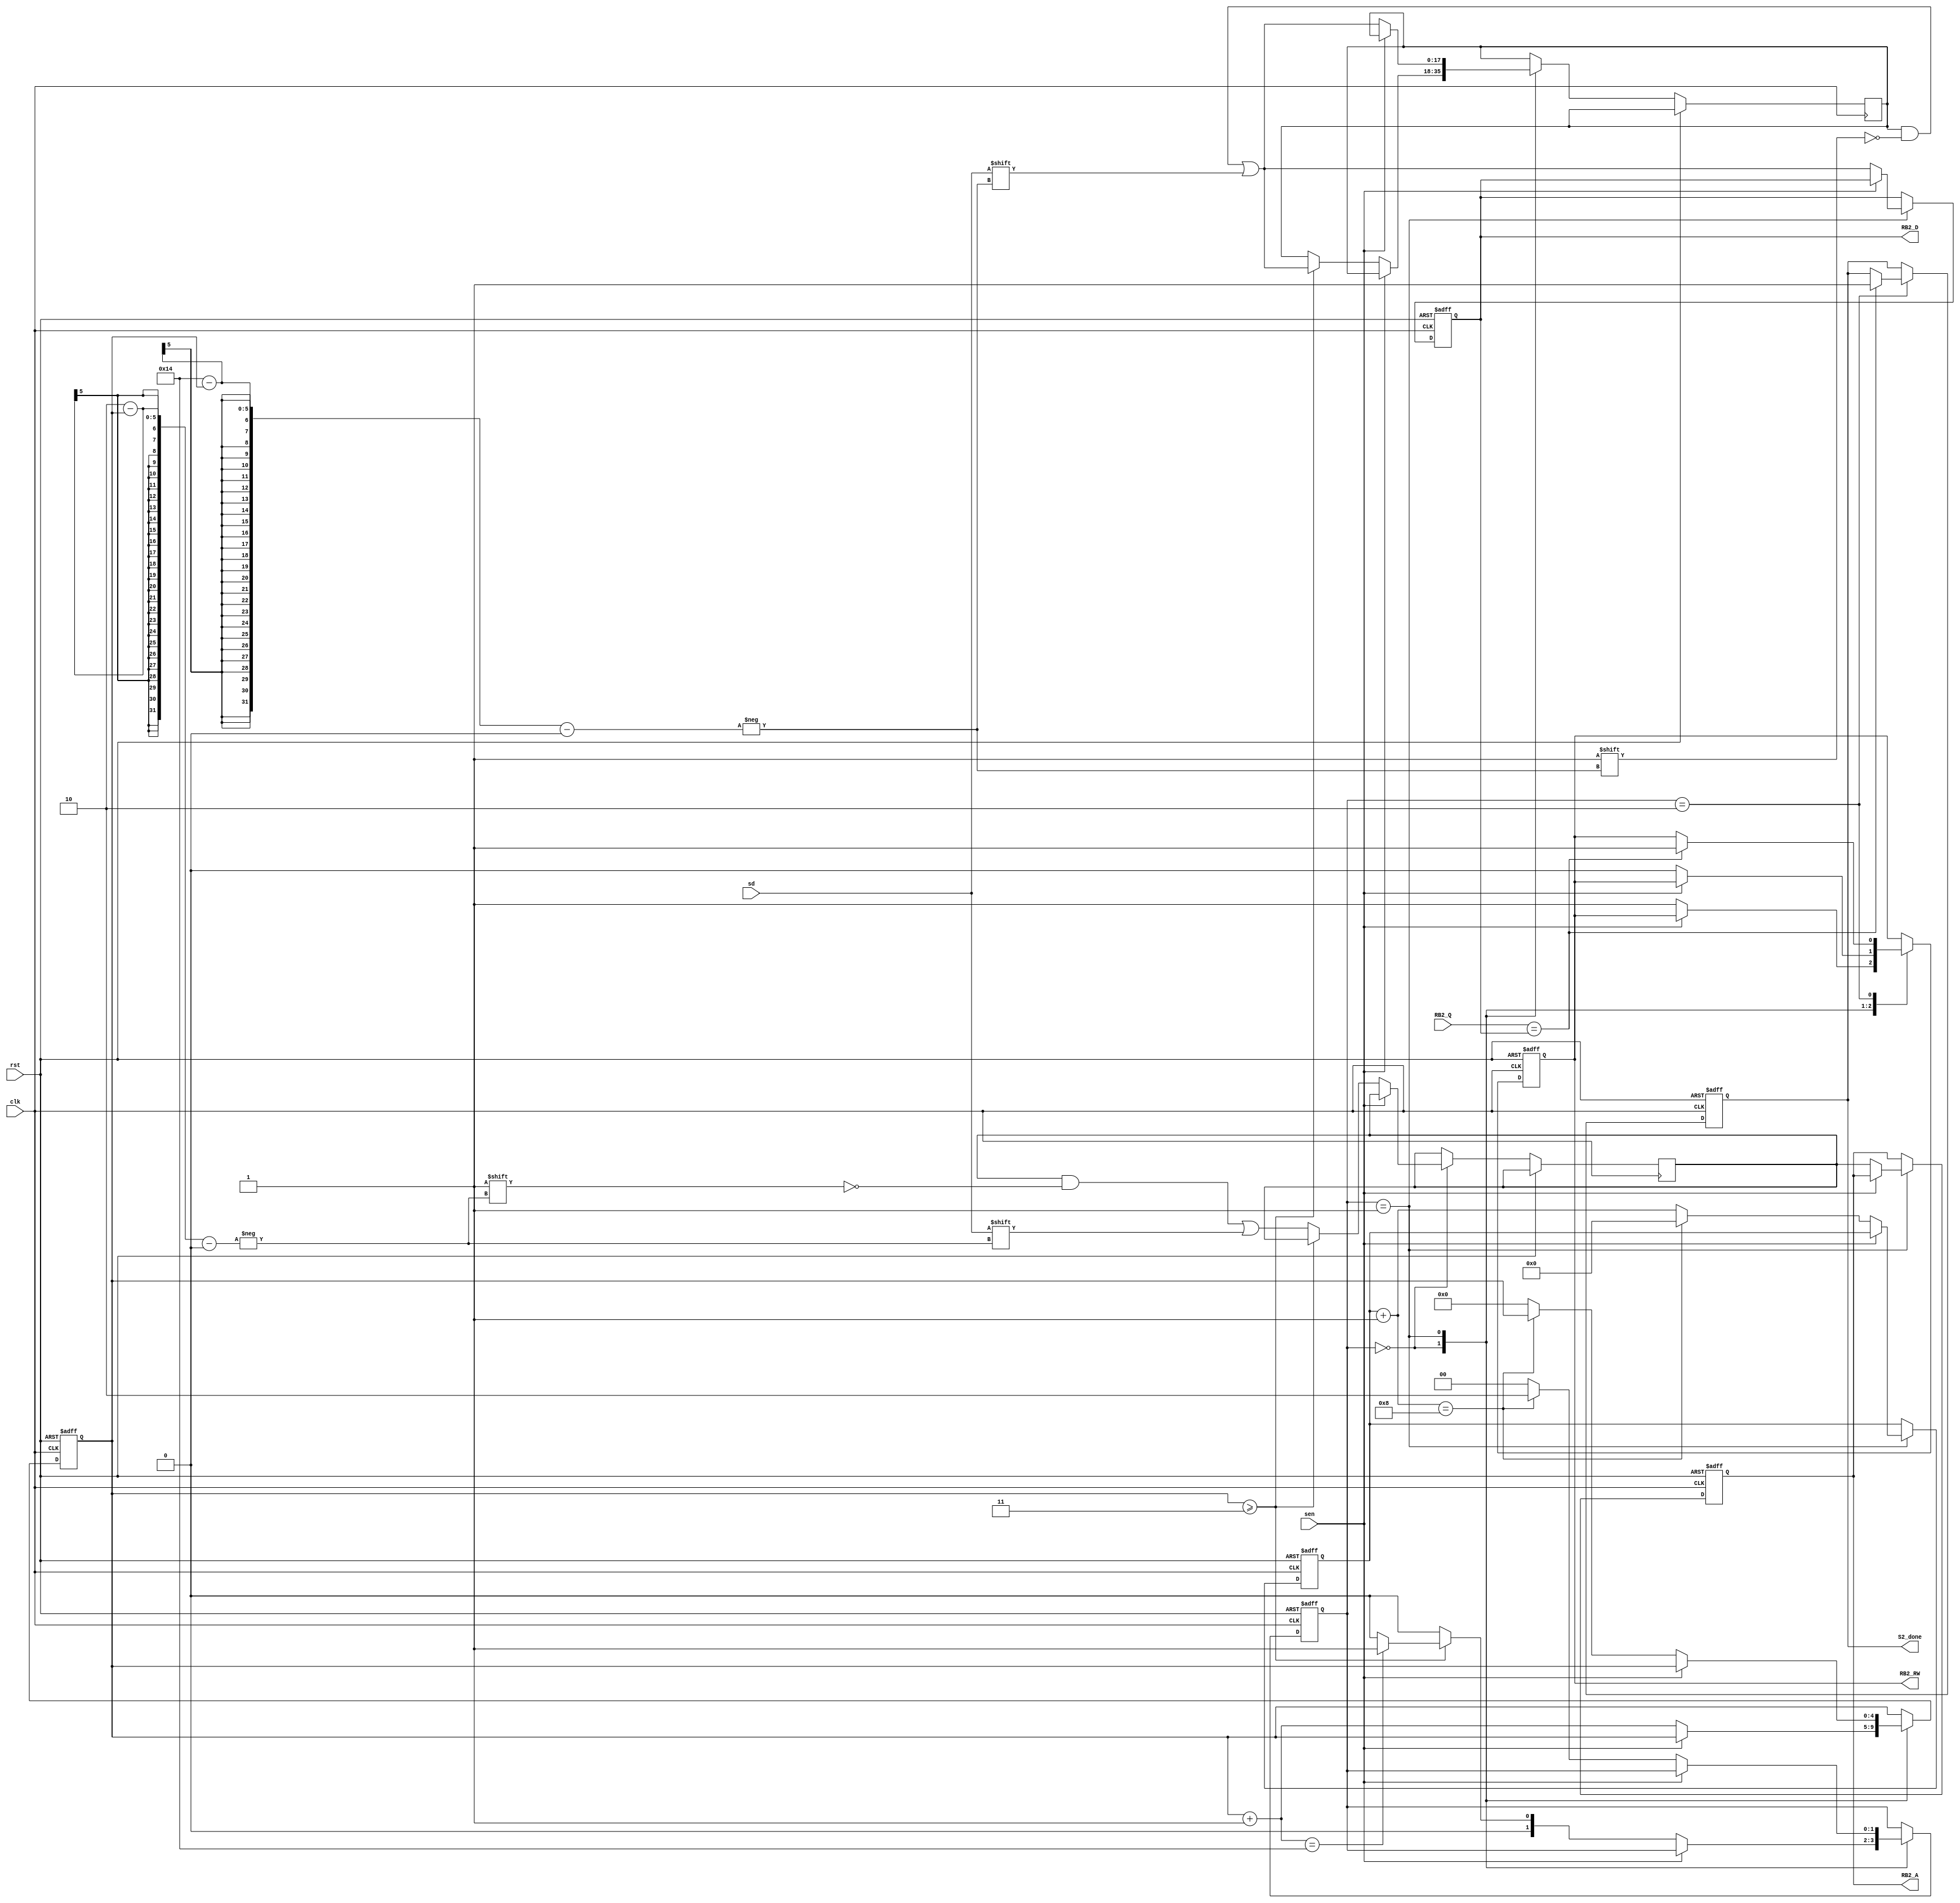
module S2(clk, rst, S2_done, RB2_RW, RB2_A, RB2_D, RB2_Q, sen, sd);
input clk, rst;
input sen, sd;
input [17:0] RB2_Q;
output S2_done, RB2_RW;
output [2:0] RB2_A;
output [17:0] RB2_D;
//----------------------------------------------------------------------------
reg S2_done, RB2_RW;
reg [2:0] RB2_A;
reg [17:0] RB2_D;
//----------------------------------------------------------------------------
reg [2:0] addr;
reg [3:0] k;
reg [4:0] i;
reg [17:0] data;
reg [1:0] state;
//----------------------------------------------------------------------------
parameter receive_data = 2'b00, write_RB2 = 2'b01, finish = 2'b10;
//----------------------------------------------------------------------------
always@(posedge clk or posedge rst) begin
	if(rst) begin
		RB2_RW = 1;
		RB2_A = 0; RB2_D = 0; S2_done = 0;

		state = receive_data;
		i = 0; k = 0;
	end else begin
		case(state)
			receive_data: begin
				if(!sen) begin
					RB2_RW = 1;
					if(i >= 3) begin
						data[20 - i] = sd;
						i = i + 1;
						if(i == 20) state = write_RB2;
						else state = receive_data;
					end else begin
						addr[2 - i] = sd;
						i = i + 1;
						state = receive_data;
					end
				end
			end
			write_RB2: begin
				if(!sen) begin
					RB2_RW = 0;
					data[20 - i] = sd;
					RB2_A = addr;
					RB2_D = data;
					k = k + 1;

					if(k == 8) begin
						state = finish;
						k = 0;
					end else begin
						state = receive_data;
						i = 0;
					end
				end
			end
			finish: begin
				if(RB2_Q == RB2_D) begin
					RB2_RW = 1;
					S2_done = 1;
				end
			end
		endcase
	end
end
//----------------------------------------------------------------------------
endmodule